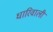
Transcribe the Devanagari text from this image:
धारिवाली